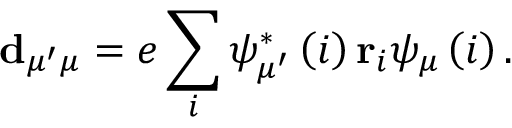
\mathbf { d } _ { \mu ^ { \prime } \mu } = e \sum _ { i } \psi _ { \mu ^ { \prime } } ^ { \ast } \left( i \right) \mathbf { r } _ { i } \psi _ { \mu } \left( i \right) .